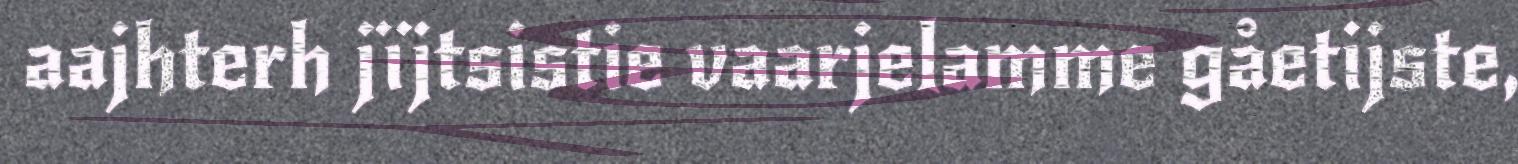
aajhterh jïjtsistie vaarjelamme gåetijste,